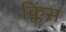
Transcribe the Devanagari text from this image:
क्लिंस